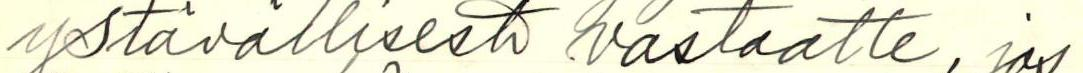
ystävällisesti vastaatte, jos